Vital statistics of India. Vol. VI, European troops 1870-79
Year: 1870
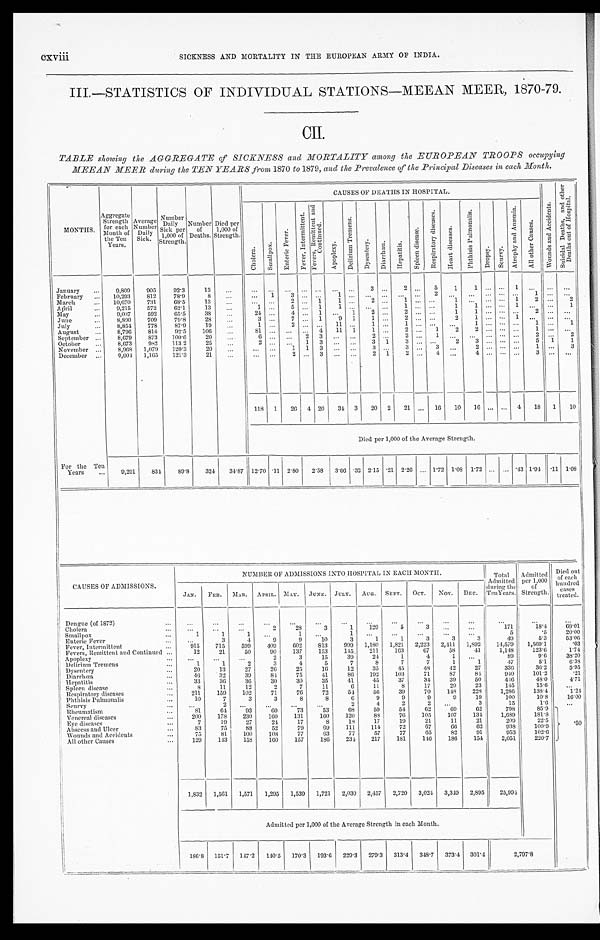
CXViii
SICKNESS AND MORTALITY IN THE EUROPEAN ARMY OF INDIA.
III.—STATISTICS OF INDIVIDUAL STATIONS—MEEAN MEER, 1870-79.
CII.
TABLE showing the AGGREGATE of SICKNESS and MORTALITY among the EUROPEAN TROOPS occupying
MEEAN MEER during the TEN YEARS from 1870 to 1879, and the Prevalence of the Principal Diseases in each Month.
MONTHS.
Aggregate Strength for eachM o n t h o f
the Ten
Years.
Average Number
Daily
Sick.
Number Daily
Sick per
1,000 of
Number of
Deaths.
Died per
1,000 of
Strength.
CAUSES OF DEATHS IN HOSPITAL.
W o u n d s a n d A c c i d e n t s .
S u i d a l d e a t h s , a n d o t h e r
D e a t h s o u t o f H o s p i t a l .
Ch o l e r a .
S ma l l p o x .
E n t e r i c F e v e r .
F e v e r , I n t e r m i t t e n t .
F e v e r s , R e m i t t e n t a n d
C o n t i n u e d .
A p o p l e x y .
D e l i r i u m T r e m e n s .
D y s e n t e r y D i a r r h œ a . H e p a t i t i s .
S p l e e n m d i s e a s e .
R e s p i r a t o r y d i s e a s e s .
H e a r t d i s e a s e s . P h t h i s i s P u l l m o n a l i s .
D r o p s y .
S c u r v y
.
A t r o p h y a n d A n æ m i a .
A l l o t h e r C a u s e s .
January
9,809 905
92.3 13
3
2
5 1
1
1
February
10,293 812 78.9
8
1
3
1
2
1
March
10,670 731
68.5 13
2
1
1
2
1
1
1 2
2
April
9,215 572
62.1
13
1
5
1 1
1
1 1
1
1
May
9,037 592
65.5 38
24
4
1
1 2
2
1 1
2
June
8,890 709 79.8
28
3
7
1 9 1 1
2
21
1
July
8,854 778
87.9
19
1
2
11
1
1
1
1
1
August
8,796 814
92.5 106
81
4 11 1 1
2
1
2
2
1
September
8,679 873 100.6
20
6
2
3
2
2
1
2
2
October
8,673 982 113.2
25
2
1 3
3 1
3
2 3
5 1 1
November
8,968 1,079 120.3
20
1 1 3
3
3
3
2
1
3
December
9,604 1,165 121.3
21
2
3
2 1 2
4
4
3
118 1 26 4 20 34 3 20 2 21
16 10 16
4 18 1 10
Died per 1,000 of the Average Strength.
For the Ten
Years
9,291 834 89.8 324 34.87 12.70 .11 2.80 2. 58 3.66 .32 2.15 .21 2.26
1.72 1.08 1.72
.43 1.94 .11 1 . 0 8
CAUSES OF ADMISSIONS.
NUMBER OF ADMISSIONS INTO HOSPITAL IN EACH MONTH.
Total
Admitted
during the
Ten Years.
Admit ted
per 1,000
of
Strength.
Di ed out of each
hundred cases
treated.
JAN. FEB. MAR. APRIL. MAY. JUNE. JULY. AUG. SEPT. OCT. NOV. DEC.
Dengue (of 1972)
Cholera
2
28
3
1 129
5
3
1 7 1 18.4
69. 01
Smallpox
1
1
1
5
.5
20. 00
Enteric Fever
3
4
9
9 10
3
1
1
3
3
3
49
5.3
53. 06
Fever, Intermittent
9 1 5
715 599 409 602 813 999 1,180 1,821 2,223 2,411 1,892 14,579 1,569.1
.03
Fevers, Remittent and Continued
12
21
50
90 137 153 145 211 163
67
58
41
1,148
123.6
1. 74
Apoplexy
2
3
15
39 24
1
4
1
89
9.6
38. 20
Delirium Tremens
1
1
2
3
4
5
7
8
7
7
1
1
47
5.1
6. 38
Dysentery
20
13
27
26
25
16 12
35
45
49
42
27
336
36.2
5. 95
Diarrhœa
46
32
39
84 75
41
86 192 103
71
87
84
940
101.2
.21
Hepatitis
33
36
36 30
30
35
41
45
37
34
39 50
446
48.0
4. 71
Spleen disease
8
11
12
2
7
11
6
11
8
17
29 23
14. 5
15.6
Respiratory diseases
211 159 102
71
76
72
54 56
39
70 148 228
1,286
138.4
1. 24
Phthisis Pulmonalis
10
7
3
3
8
8
6
9
9
9
9
19
100
10.8
16. 00
Scurvy
2
2
4
2
2
3
15
1.6
Rheumatism
81
64 93
6 0
7 3
5 3
6 8 59
54
62
69
62
798
85.9
. 5 0
Venereal diseases
200 178 230 160 131 160 120
88 76 105 107 134 1,689
181.8
Eye diseases
7
19
27
24 17
8
18
17
19
21
11
21
209
22.5
Abscess and Ulcer
83
75
88
52
79
69 111 114 72
67
6 6 62
938
100.9
Wounds and Accidents
75 81 100 108
77
63
77
57
77
65
82
91
953
102.6
All other Causes
129 143 158 160 157 186 234 217 181 146 186 154
2,051
220.7
1,832 1,561 1,571 1,295 1,539 1,721 2,030 2,457 2,720 3,024 3,349 2,895 25,994
Admitted per 1,000 of the Average Strength in each Month.
186.8 151.7 147.2 140.5 170.3
1 9 3 . 6
229.3 279.3 313.4 348.7 373.4 301.4
2,797.8